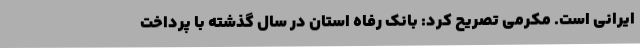
ایرانی است. مکرمی تصریح کرد: بانک رفاه استان در سال گذشته با پرداخت